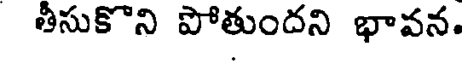
తీసుకొని పోతుందని భావన.